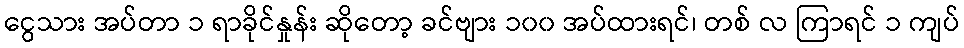
ငွေသား အပ်တာ ၁ ရာခိုင်နှုန်း ဆိုတော့ ခင်ဗျား ၁၀၀ အပ်ထားရင်၊ တစ် လ ကြာရင် ၁ ကျပ်